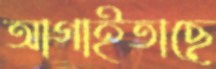
আগাইতাছে